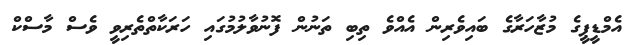
އެމްޑީޕީގެ މުޒާހަރާގެ ބައިވެރިން އެއްވެ ތިބި ތަނުން ފޮނުވާލުމުގައި ހަރަކާތްތެރިވީ ވެސް މާސްކް